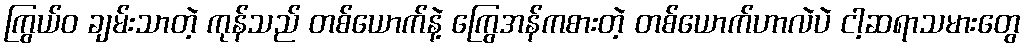
ကြွယ်ဝ ချမ်းသာတဲ့ ကုန်သည် တစ်ယောက်နဲ့ ကြွေအန်ကစားတဲ့ တစ်ယောက်ဟာလဲပဲ ငါ့ဆရာသမားတွေ